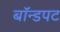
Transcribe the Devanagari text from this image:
बॉन्डपट